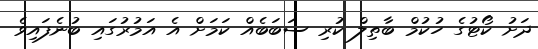
ދަށު ކޯޓުގެ ހުކުމް ބާތިލް ކުރި ސަބަބެއް ކަމަށް އެ އަމުރުގައި ބުނެފައިވެ